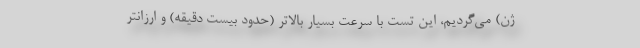
ژن) می‌گردیم، این تست با سرعت بسیار بالاتر (حدود بیست دقیقه) و ارزانتر